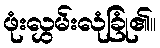
ဖုံးလွှမ်းလုံခြုံ၏။